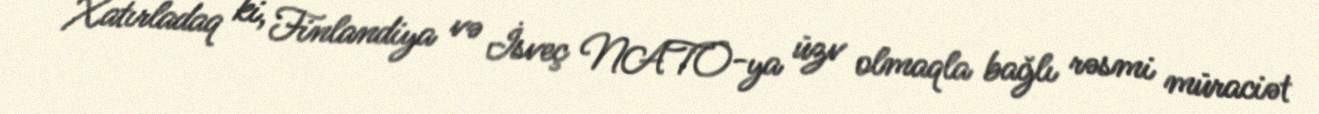
Xatırladaq ki, Finlandiya və İsveç NATO-ya üzv olmaqla bağlı rəsmi müraciət